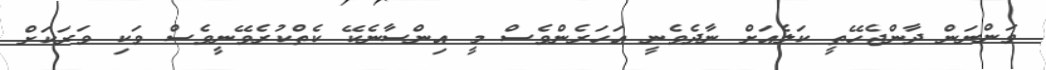
ވަންނަން ދާންޖެހޭތީ ކަލެއަށް ނާދެވެނީ އަހަރެންވެސް މީ އިންސާނެކޭ ކެތްކުރެވޭނީވެސް ވަކި ވަރަކަށް